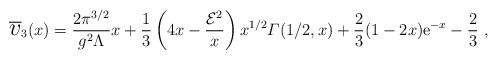
LaTeX: \begin{align*}\overline{\mbox{\Large$v$}}_{3}(x)={2\pi^{3/2}\over g^{2}\Lambda}x+{1\over3}\left(4x-{{\cal E}^{2}\over x}\right)x^{1/2}{\mit\Gamma}(1/2,x)+{2\over3}(1-2x){\mathrm e}^{-x}-{2\over3}\ ,\end{align*}